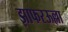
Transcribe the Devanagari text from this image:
झाफरऊल्ला